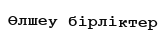
Өлшеу бірліктер